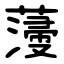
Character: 薓